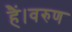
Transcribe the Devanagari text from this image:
हैं।वरुण